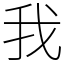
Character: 我